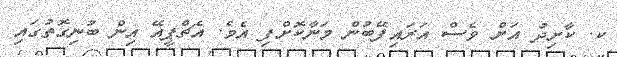
ކ. ކާށިދު އަށް ވެސް އަރައިފޭބުން މަނާކޮށްފި އެވެ. އެޗްޕީއޭ އިން ބުނިގޮތުގައި